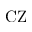
\mathrm { C Z }